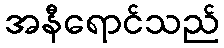
အနီရောင်သည်